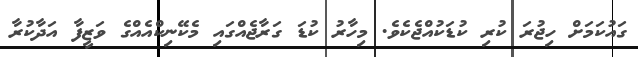
ގައުކަމަށް ހިޖުރަ ކުރި ކުޑަކުއްޖެކެވެ. މިހާރު ކުޑަ ގަރާޖެއްގައި މެކޭނިކްއެއްގެ ވަޒީފާ އަދާކުރާ